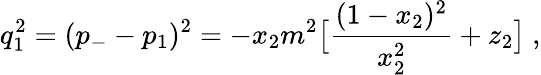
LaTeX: q_{1}^{2}=(p_{-}-p_{1})^{2}=-x_{2}m^{2}\bigl[\frac{(1-x_{2})^{2}}{x_{2}^{2}}+z_{2}\bigr]\ ,